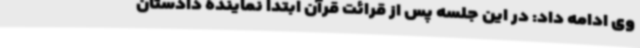
وی ادامه داد: در این جلسه پس از قرائت قرآن ابتدا نماینده دادستان